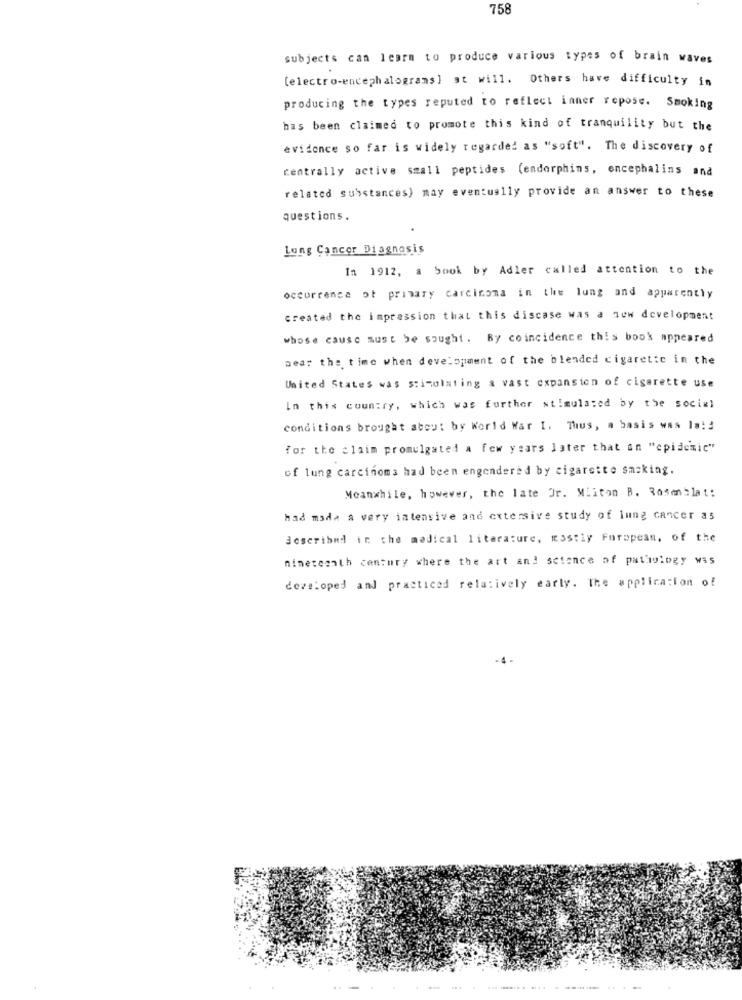
758
subjects can learn to produce various types of brain waves
(electro-encephalograns) st will. Others have difficulty in
producing the types reputed to reflect inner repose. Smoking
has been claimed to promote this kind of tranquility but the
evidence so far is widely regarded as "soft". The discovery of
centrally active small peptides (endorphins, encephalins and
related substances) may eventually provide an answer to these
questions.
Lung Cancer Diagnosis
In 1912, a book by Adler called attention to the
occurrence of primary carcinoma in the lung and apparently
created the impression that this discase was a new development
whose cause must be sought. By coincidence this book appeared
near the time when development of the blended cigarette in the
United States was stimulating a vast expansion of cigarette use
In this country, which was further stimulated by the social
conditions brought about by World War I. Thus, a basis was la !!
for the claim promulgated a few years later that an "epidemic"
of lung carcinoma had been engendered by cigarette smoking.
Meanwhile, however, the late Jr. Mliton B. Rosenblat:
had made a very intensive and extersive study of lung cancer as
described in the medical literature, mostly Foropean, of the
nineteenth century where the art and science of pathology was
developed and practiced relatively early. The application of